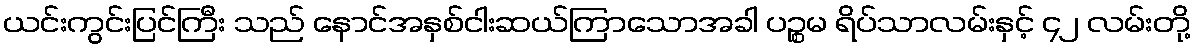
ယင်းကွင်းပြင်ကြီး သည် နောင်အနှစ်ငါးဆယ်ကြာသောအခါ ပဉ္စမ ရိပ်သာလမ်းနှင့် ၄၂ လမ်းတို့